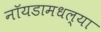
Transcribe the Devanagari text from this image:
नॉयडामधल्या